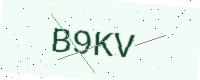
Text: B9KV